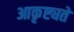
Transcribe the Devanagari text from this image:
आकृष्ट्यते